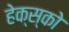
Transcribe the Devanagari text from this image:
हेक्स्को